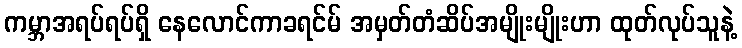
ကမ္ဘာအရပ်ရပ်ရှိ နေလောင်ကာခရင်မ် အမှတ်တံဆိပ်အမျိုးမျိုးဟာ ထုတ်လုပ်သူနဲ့